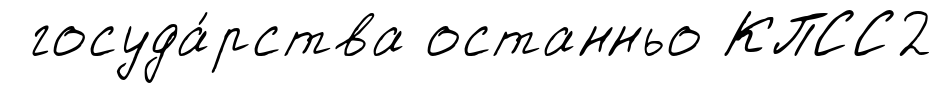
госуда́рства останньо КПСС2